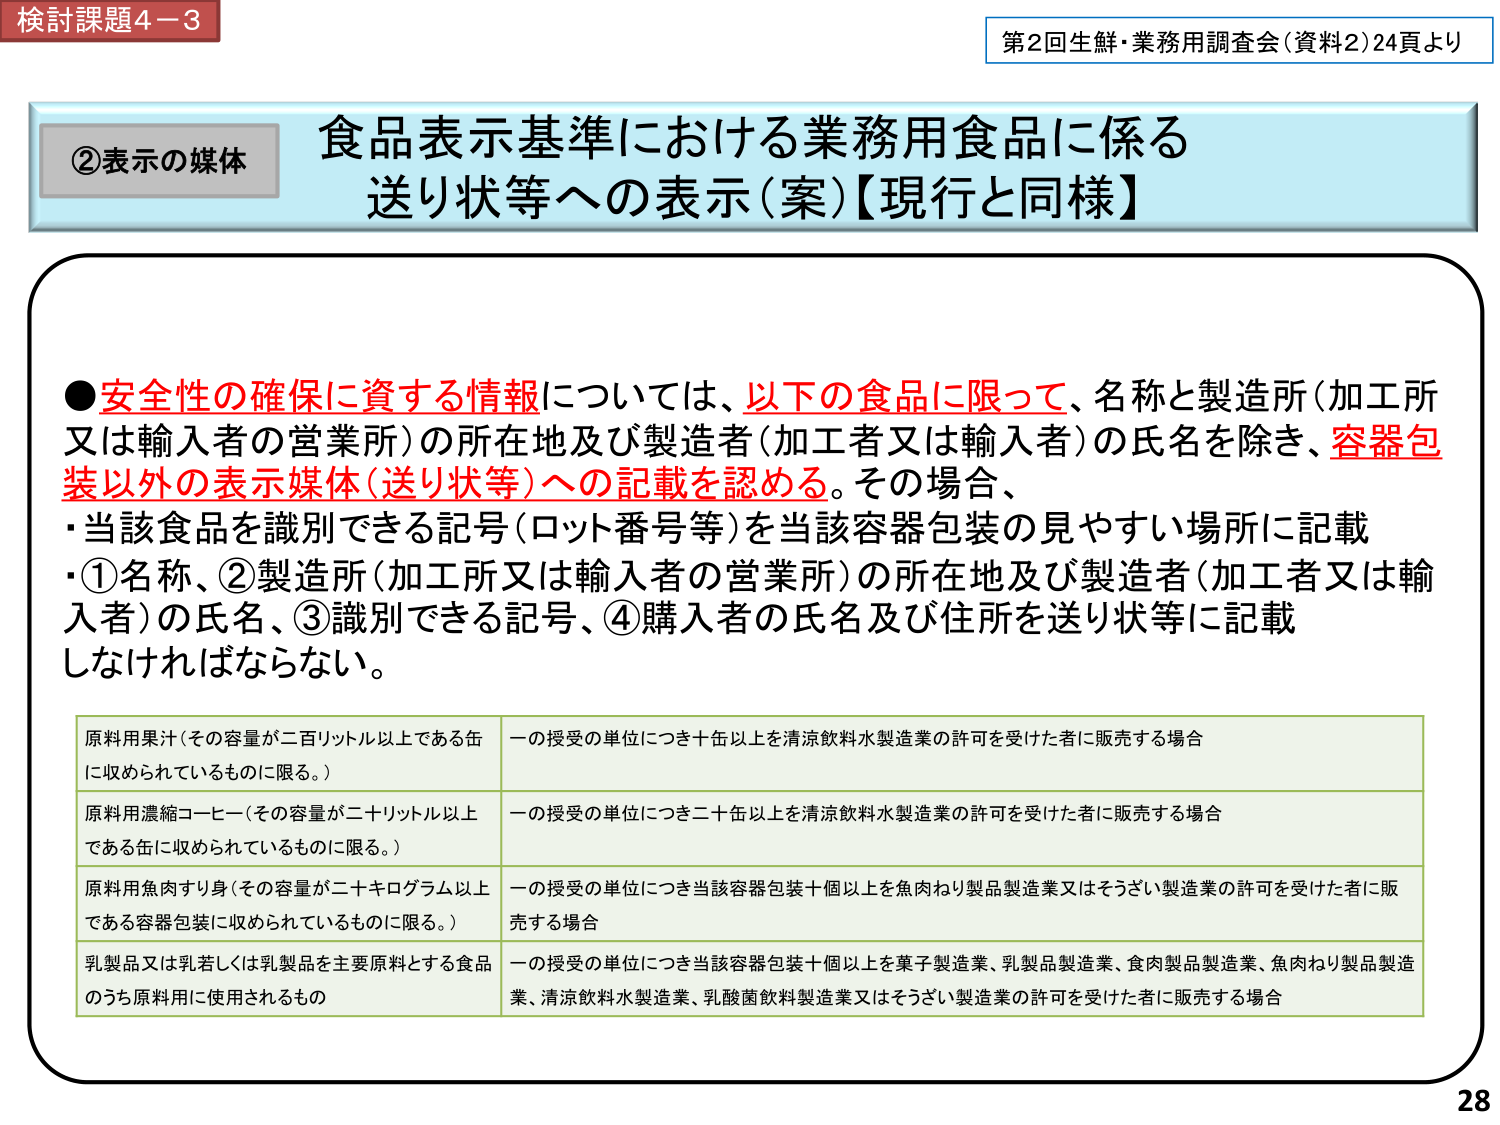
検討課題4－3
第2回生鮮・業務用調査会（資料2）24頁より

②表示の媒体
食品表示基準における業務用食品に係る
送り状等への表示（案）【現行と同様】

●安全性の確保に資する情報については、以下の食品に限って、名称と製造所（加工所又は輸入者の営業所）の所在地及び製造者（加工者又は輸入者）の氏名を除き、容器包装以外の表示媒体（送り状等）への記載を認める。その場合、
・当該食品を識別できる記号（ロット番号等）を当該容器包装の見やすい場所に記載
・①名称、②製造所（加工所又は輸入者の営業所）の所在地及び製造者（加工者又は輸入者）の氏名、③識別できる記号、④購入者の氏名及び住所を送り状等に記載しなければならない。

原料用果汁（その容量が二百リットル以上である缶に収められているものに限る。）　　一の授受の単位につき十缶以上を清涼飲料水製造業の許可を受けた者に販売する場合
原料用濃縮コーヒー（その容量が二十リットル以上である缶に収められているものに限る。）　　一の授受の単位につき二十缶以上を清涼飲料水製造業の許可を受けた者に販売する場合
原料用魚肉すり身（その容量が二十キログラム以上である容器包装に収められているものに限る。）　　一の授受の単位につき当該容器包装十個以上を魚肉ねり製品製造業又はそうざい製造業の許可を受けた者に販売する場合
乳製品又は乳若しくは乳製品を主要原料とする食品のうち原料用に使用されるもの　　一の授受の単位につき当該容器包装十個以上を菓子製造業、乳製品製造業、食肉製品製造業、魚肉ねり製品製造業、清涼飲料水製造業、乳酸菌飲料製造業又はそうざい製造業の許可を受けた者に販売する場合

28